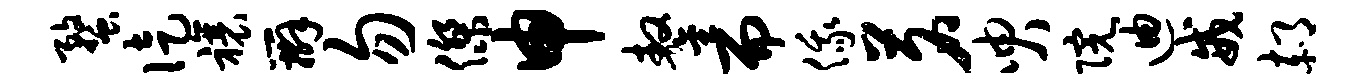
蝥徒禳辫勿杰申鏊而俄茗臾院迪戒郝